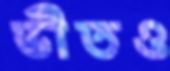
ভীতও